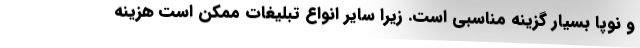
و نوپا بسیار گزینه مناسبی است. زیرا سایر انواع تبلیغات ممکن است هزینه